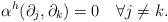
\begin{align*} \alpha^h(\partial_j,\partial_k)=0\quad\forall j\neq k.\end{align*}